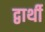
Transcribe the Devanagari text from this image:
द्वार्थी